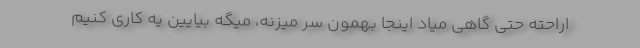
اراحته حتی گاهی میاد اینجا بهمون سر میزنه، میگه بیایین یه کاری کنیم